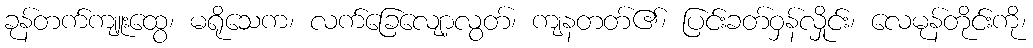
ခုန်တက်ကျူးထွေ၊ မရိုသေက၊ လက်ခြေလျော့လွတ်၊ ကျနတတ်၏၊ ပြင်းခတ်ဝှန်လှိုင်း၊ လေမုန်တိုင်းကို၊